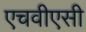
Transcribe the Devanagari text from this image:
एचवीएसी